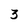
Character: 3